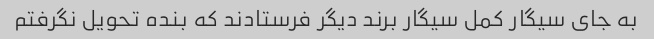
به جای سیگار کمل سیگار برند دیگر فرستادند که بنده تحویل نگرفتم